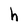
Character: h